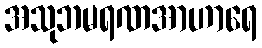
အသုဘမရဏအာဟာရေ